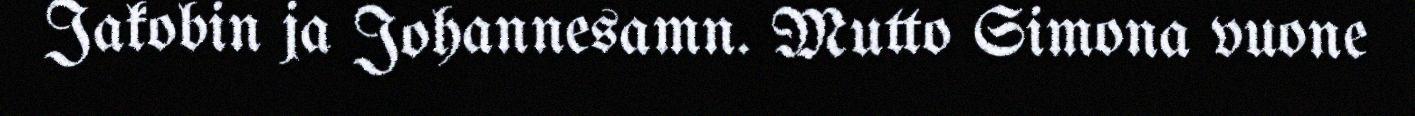
Jakobin ja Johannesamn. Mutto Simona vuone